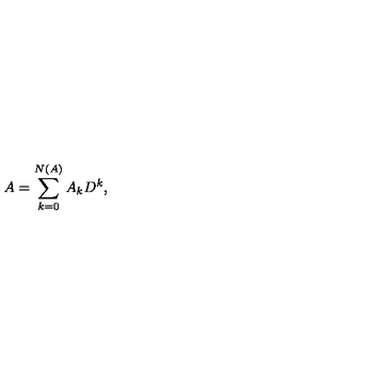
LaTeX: A = \sum _ { k = 0 } ^ { N ( A ) } A _ { k } D ^ { k } ,